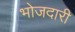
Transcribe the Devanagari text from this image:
भोजदारी